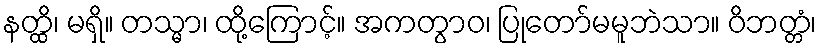
နတ္ထိ၊ မရှိ။ တသ္မာ၊ ထို့ကြောင့်။ အကတွာဝ၊ ပြုတော်မမူဘဲသာ။ ဝိဘတ္တံ၊